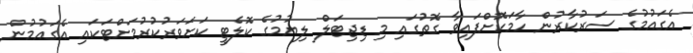
އެގައުމުގެ ސަރުކާރުން ހާމަކޮށްފައިވާ ގޮތުގައި މި ޑިޖިޓަލް ލިޔުމުގެ ކޮލެޓީ ކަށަވަރުކުރުމަށްޓަކައި އެގައުމުން